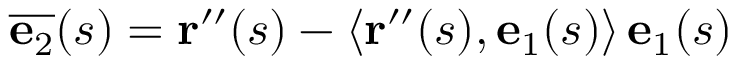
{ \overline { { \mathbf { e } _ { 2 } } } } ( s ) = \mathbf { r } ^ { \prime \prime } ( s ) - \langle \mathbf { r } ^ { \prime \prime } ( s ) , \mathbf { e } _ { 1 } ( s ) \rangle \, \mathbf { e } _ { 1 } ( s )